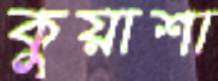
কুয়াশা